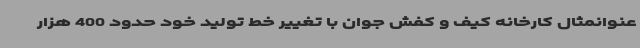
عنوانمثال کارخانه کیف و کفش جوان با تغییر خط تولید خود حدود 400 هزار